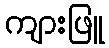
ကျားဖြူ